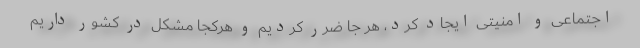
اجتماعی و امنیتی ایجاد کرد، هر جا ضرر کردیم و هرکجا مشکل در کشور داریم